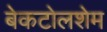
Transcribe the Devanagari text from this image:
बेकटोलशेम